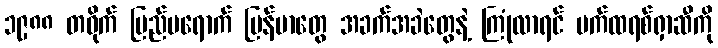
၁၉၈၈ တဝိုက် ပြည်ပရောက် မြန်မာတွေ အခက်အခဲတွေနဲ့ ကြုံလာရင် ပက်ထရစ်ရှာဆီကို